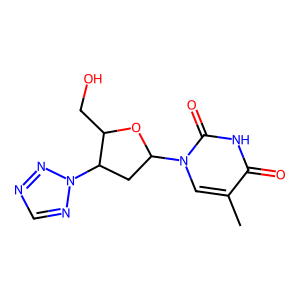
SMILES: Cc1cn(C2CC(n3ncnn3)C(CO)O2)c(=O)[nH]c1=O
Inhibits HIV replication: No